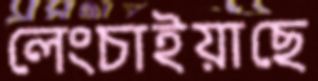
লেংচাইয়াছে